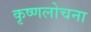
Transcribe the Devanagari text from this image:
कृष्णलोचना